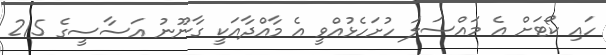
ހައި ކޯޓަށް އެ މަައްސަލަ ހުށަހެޅުއްވީ އެ މާއްދާއަކީ ގާނޫނު އަސާސީގެ 215